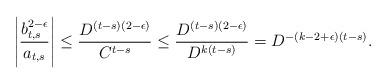
LaTeX: \begin{align*}\left|\frac{b_{t,s}^{2-\epsilon}}{a_{t,s}}\right| \leq\frac{D^{(t-s)(2-\epsilon)}}{C^{t-s}} \leq\frac{D^{(t-s)(2-\epsilon)}}{D^{k(t-s)}}=D^{-(k-2+\epsilon)(t-s)}.\end{align*}